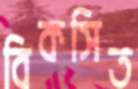
বিকসিত